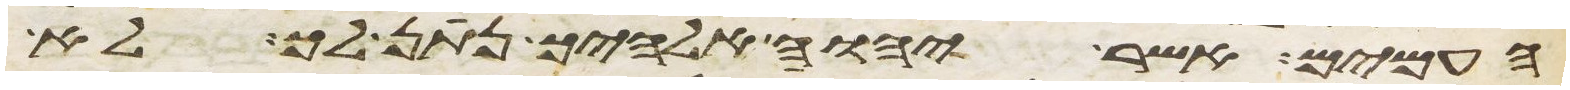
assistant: העמים אשר יהוה אלהיך נתן לך לא